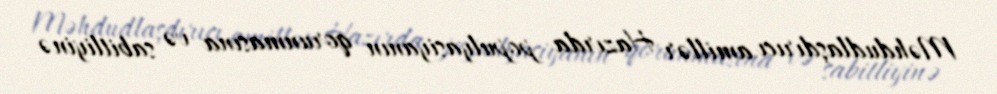
Məhdudlaşdırıcı amillər Hazırda populyasiyanın qorunmasına və sabitliyinə